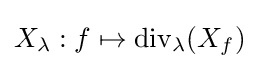
X_{\lambda }:f\mapsto {\rm {div}}_{\lambda }(X_{f})